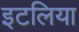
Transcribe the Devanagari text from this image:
इटलिया